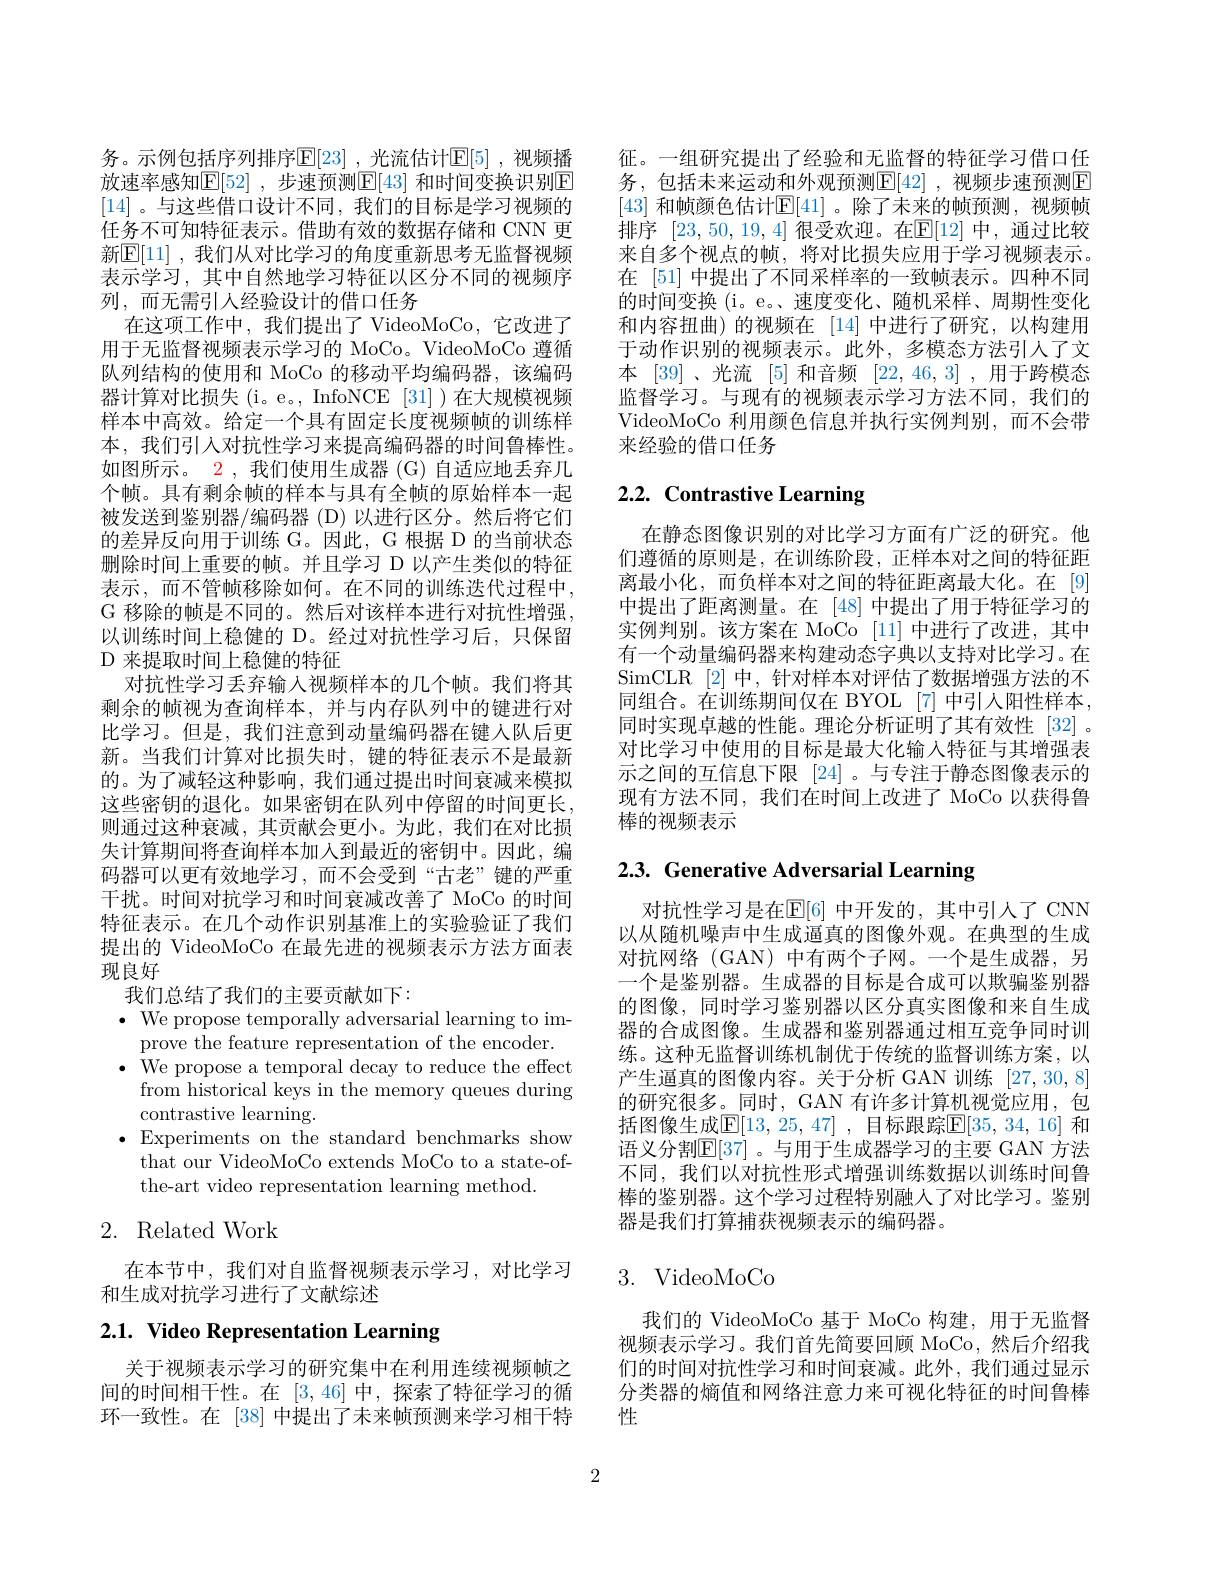
以训练时间上稳健的 D。经过对抗性学习后，只保留
D 来提取时间上稳健的特征

务。示例包括序列排序$\mathbb{E}[23]$ ,光流估计$\mathbb{E}[5]$ ,视频播放速率感知$\mathbb{E}[52]$ ,步速预测$\mathbb{E}[43]$ 和时间变换识别E [14]。与这些借口设计不同，我们的目标是学习视频的任务不可知特征表示。借助有效的数据存储和 CNN 更新$\overline{\mathrm{E}}[11]$ ,我们从对比学习的角度重新思考无监督视频表示学习，其中自然地学习特征以区分不同的视频序列，而无需引人经验设计的借口任务
在这项工作中，我们提出了 VideoMoCo, 它改进了用于无监督视频表示学习的 MoCo。VideoMoCo 遵循队列结构的使用和 MoCo 的移动平均编码器，该编码器计算对比损失(i。e。, InfoNCE [31])在大规模视频样本中高效。给定一个具有固定长度视频帧的训练样本，我们引人对抗性学习来提高编码器的时间鲁棒性。如图所示。$\color{red}2$,我们使用生成器 (G) 自适应地丢弃几个帧。具有剩余帧的样本与具有全帧的原始样本一起被发送到鉴别器/编码器 (D) 以进行区分。然后将它们的差异反向用于训练 G。因此，G 根据 D 的当前状态删除时间上重要的帧。并且学习 D 以产生类似的特征表示，而不管帧移除如何。在不同的训练迭代过程中， G 移除的帧是不同的。然后对该样本进行对抗性增强，
对抗性学习丢弃输入视频样本的几个帧。我们将其剩余的帧视为查询样本，并与内存队列中的键进行对比学习。但是，我们注意到动量编码器在键人队后更新。当我们计算对比损失时，键的特征表示不是最新的。为了减轻这种影响，我们通过提出时间衰减来模拟这些密钥的退化。如果密钥在队列中停留的时间更长， 则通过这种衰减，其贡献会更小。为此，我们在对比损失计算期间将查询样本加入到最近的密钥中。因此，编码器可以更有效地学习，而不会受到“古老”键的严重干扰。时间对抗学习和时间衰减改善了 MoCo 的时间特征表示。在几个动作识别基准上的实验验证了我们提出的 VideoMoCo 在最先进的视频表示方法方面表现良好
我们总结了我们的主要贡献如下：
$\cdot{\mathrm{~We~propose~temporally~adversarial~learning~to~im-}}$
prove the feature representation of the encoder. $\bullet$ We propose a temporal decay to reduce the effect
from historical keys in the memory queues during
contrastive learning.
$\bullet$Experiments on the standard benchmarks show
that our VideoMoCo extends MoCo to a state-of-
the-art video representation learning method.

# 2. Related Work

在本节中，我们对自监督视频表示学习，对比学习
和生成对抗学习进行了文献综述

# 2.1. Video Representation Learning

关于视频表示学习的研究集中在利用连续视频帧之间的时间相干性。在[3,46]中，探索了特征学习的循环一致性。在 [38] 中提出了未来帧预测来学习相干特

征。一组研究提出了经验和无监督的特征学习借口任务，包括未来运动和外观预测$\boxed{\mathrm{F}}[42]$,视频步速预测$\boxed{\mathrm{F}}$ [43] 和帧颜色估计$\mathbb{E}[41]$。除了未来的帧预测，视频帧排序[23,50,19,4]很受欢迎。在$\mathbb{E}[12]$中，通过比较来自多个视点的帧，将对比损失应用于学习视频表示。在 [51] 中提出了不同采样率的一致帧表示。四种不同的时间变换 (i。e。、速度变化、随机采样、周期性变化和内容扭曲)的视频在 [14]中进行了研究，以构建用于动作识别的视频表示。此外，多模态方法引人了文本 [39]、光流 [5] 和音频[22,46,3] ,用于跨模态监督学习。与现有的视频表示学习方法不同，我们的VideoMoCo 利用颜色信息并执行实例判别，而不会带来经验的借口任务

# 2.2. Contrastive Learning

在静态图像识别的对比学习方面有广泛的研究。他们遵循的原则是，在训练阶段，正样本对之间的特征距离最小化，而负样本对之间的特征距离最大化。在[9] 中提出了距离测量。在 [48] 中提出了用于特征学习的实例判别。该方案在 MoCo [11]中进行了改进，其中有一个动量编码器来构建动态字典以支持对比学习。在SimCLR [2]中，针对样本对评估了数据增强方法的不同组合。在训练期间仅在 BYOL[7]中引人阳性样本， 同时实现卓越的性能。理论分析证明了其有效性 [32] 。对比学习中使用的目标是最大化输入特征与其增强表示之间的互信息下限 [24]。与专注于静态图像表示的现有方法不同，我们在时间上改进了 MoCo 以获得鲁棒的视频表示

2.3. Generative Adversarial Learning

对抗性学习是在$\mathbb{E}[6]$ 中开发的，其中引人了 CNN 以从随机噪声中生成逼真的图像外观。在典型的生成对抗网络 (GAN) 中有两个子网。一个是生成器，另一个是鉴别器。生成器的目标是合成可以欺骗鉴别器的图像，同时学习鉴别器以区分真实图像和来自生成器的合成图像。生成器和鉴别器通过相互竞争同时训练。这种无监督训练机制优于传统的监督训练方案，以产生逼真的图像内容。关于分析 GAN 训练[27,30,8] 的研究很多。同时，GAN 有许多计算机视觉应用，包括图像生成$\overline{\mathbb{E}}[13,25,47]$ ,目标跟踪$\overline\mathbb{E}[35,34,16]$ 和语义分割$\mathbb{E}[37]$ 。与用于生成器学习的主要 GAN 方法不同，我们以对抗性形式增强训练数据以训练时间鲁棒的鉴别器。这个学习过程特别融人了对比学习。鉴别器是我们打算捕获视频表示的编码器。

## $3.{\mathrm{~VideoMoCo}}$

我们的 VideoMoCo 基于 MoCo 构建，用于无监督视频表示学习。我们首先简要回顾 MoCo,然后介绍我们的时间对抗性学习和时间衰减。此外，我们通过显示分类器的熵值和网络注意力来可视化特征的时间鲁棒性

2